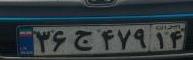
۳۶ج۴۷۹۱۴